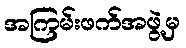
အကြမ်းဖက်အဖွဲ့မှ